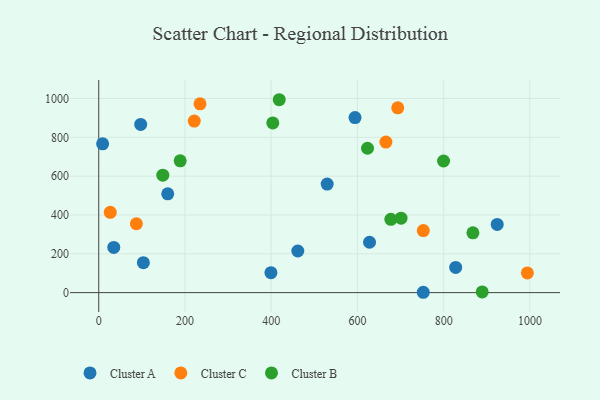
{"axis": {"x": "Study Hours", "y": "Exam Score"}, "legend": ["Cluster A", "Cluster B", "Cluster C"], "data": [{"x": "399.4", "y": 102.7, "type": "Cluster A"}, {"x": "97.3", "y": 866.3, "type": "Cluster A"}, {"x": "160.0", "y": 509.1, "type": "Cluster A"}, {"x": "594.4", "y": 901.8, "type": "Cluster A"}, {"x": "103.5", "y": 154.3, "type": "Cluster A"}, {"x": "9.0", "y": 766.6, "type": "Cluster A"}, {"x": "628.1", "y": 259.3, "type": "Cluster A"}, {"x": "752.7", "y": 1.7, "type": "Cluster A"}, {"x": "461.7", "y": 214.2, "type": "Cluster A"}, {"x": "827.9", "y": 129.6, "type": "Cluster A"}, {"x": "924.2", "y": 351.0, "type": "Cluster A"}, {"x": "34.9", "y": 232.9, "type": "Cluster A"}, {"x": "529.8", "y": 558.9, "type": "Cluster A"}, {"x": "752.8", "y": 319.7, "type": "Cluster C"}, {"x": "994.2", "y": 101.2, "type": "Cluster C"}, {"x": "26.7", "y": 413.7, "type": "Cluster C"}, {"x": "693.5", "y": 952.1, "type": "Cluster C"}, {"x": "87.3", "y": 354.6, "type": "Cluster C"}, {"x": "666.0", "y": 775.2, "type": "Cluster C"}, {"x": "221.5", "y": 883.4, "type": "Cluster C"}, {"x": "234.9", "y": 972.5, "type": "Cluster C"}, {"x": "889.4", "y": 3.4, "type": "Cluster B"}, {"x": "677.5", "y": 377.3, "type": "Cluster B"}, {"x": "867.9", "y": 308.2, "type": "Cluster B"}, {"x": "148.6", "y": 605.0, "type": "Cluster B"}, {"x": "799.8", "y": 678.0, "type": "Cluster B"}, {"x": "188.9", "y": 679.0, "type": "Cluster B"}, {"x": "418.6", "y": 993.6, "type": "Cluster B"}, {"x": "623.4", "y": 743.6, "type": "Cluster B"}, {"x": "403.7", "y": 874.2, "type": "Cluster B"}, {"x": "701.2", "y": 383.6, "type": "Cluster B"}]}